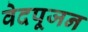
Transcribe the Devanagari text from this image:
वेदपूजन